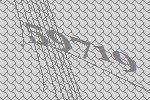
59719